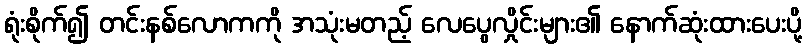
ရုံးစိုက်၍ တင်းနစ်လောကကို အသုံးမတည့် လေပွေလှိုင်းများ၏ နောက်ဆုံးထားပေးပို့